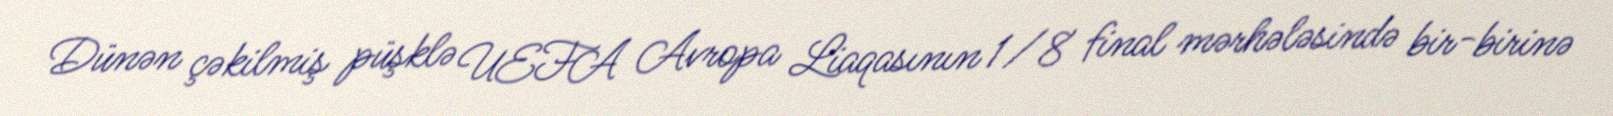
Dünən çəkilmiş püşklə UEFA Avropa Liaqasının 1/8 final mərhələsində bir-birinə